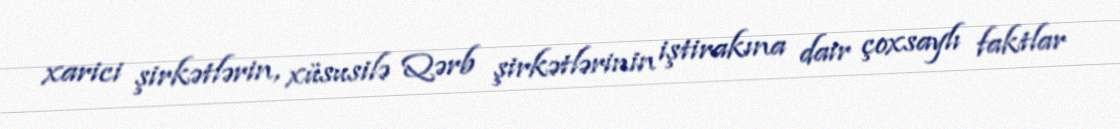
xarici şirkətlərin, xüsusilə Qərb şirkətlərinin iştirakına dair çoxsaylı faktlar